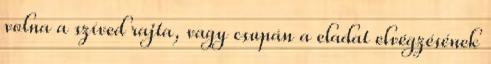
volna a szíved rajta, vagy csupán a eladat elvégzésének